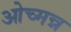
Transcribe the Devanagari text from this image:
ओच्मन्न